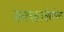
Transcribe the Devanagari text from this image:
जलचक्राचेयोग्य